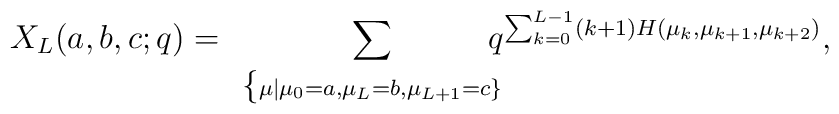
X_L(a,b,c;q)=\displaystyle\sum_{\begin{array}{c}\{\scriptstyle \mu | {\mu_0=a, \mu_L=b,  \mu_{L+1}=c}\}\end{array}}\! \! \! \! \! \! q^{\sum_{k=0}^{L-1}(k+1)H(\mu_k,\mu_{k+1},\mu_{k+2})},